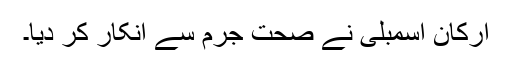
ارکان اسمبلی نے صحت جرم سے انکار کر دیا۔